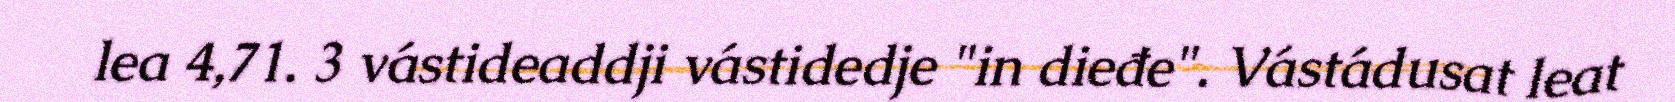
lea 4,71. 3 vástideaddji vástidedje "in dieđe". Vástádusat leat